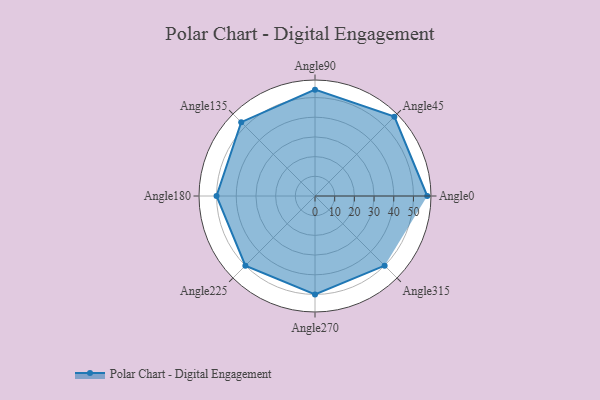
{"axis": {"x": "Angle", "y": "Radius"}, "legend": [""], "data": [{"x": "Angle0", "y": 57.0, "type": ""}, {"x": "Angle45", "y": 57.0, "type": ""}, {"x": "Angle90", "y": 54.0, "type": ""}, {"x": "Angle135", "y": 53.0, "type": ""}, {"x": "Angle180", "y": 50, "type": ""}, {"x": "Angle225", "y": 50, "type": ""}, {"x": "Angle270", "y": 50, "type": ""}, {"x": "Angle315", "y": 50, "type": ""}]}